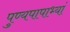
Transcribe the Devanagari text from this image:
पुण्यपापाभ्यां